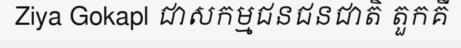
Ziya Gokapl ជាសកម្មជនជនជាតិ តួកគី